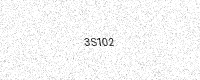
Text: 3S102